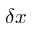
\delta x